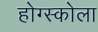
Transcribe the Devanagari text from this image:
होग्स्कोला